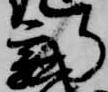
新